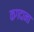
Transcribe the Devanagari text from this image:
कगदाना